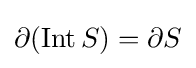
\partial (\operatorname {Int} S)=\partial S